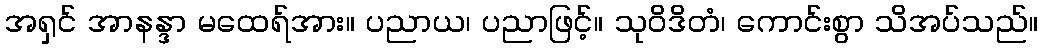
အရှင် အာနန္ဒာ မထေရ်အား။ ပညာယ၊ ပညာဖြင့်။ သုဝိဒိတံ၊ ကောင်းစွာ သိအပ်သည်။